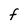
Character: F